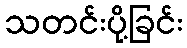
သတင်းပို့ခြင်း